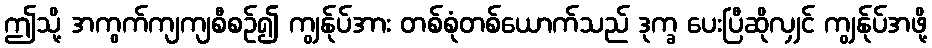
ဤသို့ အကွက်ကျကျစီစဉ်၍ ကျွန်ုပ်အား တစ်စုံတစ်ယောက်သည် ဒုက္ခ ပေးပြီဆိုလျှင် ကျွန်ုပ်အဖို့